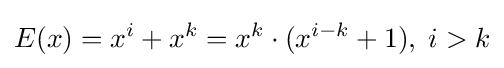
E(x)=x^{i}+x^{k}=x^{k}\cdot (x^{i-k}+1),\;i>k